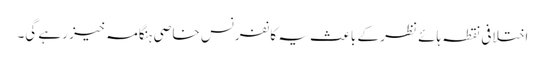
اختلافی نقطہ ہائے نظر کے باعث یہ کانفرنس خاصی ہنگامہ خیز رہے گی۔